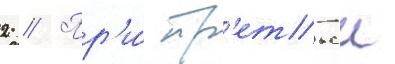
2 // Пр'и́ тр'етьеи